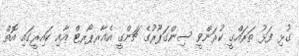
ގުޅި ފަޅު ތަރައްގީ ކުރަންވީ ސިންގަޕޫރުގެ ޗަންގީ އެއާރޕޯރޓް އާއި ކައިރީގައި އޮތް